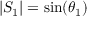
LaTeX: | S _ { 1 } | = \sin ( \theta _ { 1 } )